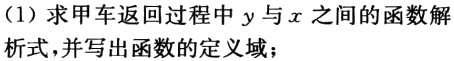
(1) 求甲车返回过程中 \(y\) 与 \(x\) 之间的函数解析式，并写出函数的定义域；